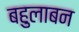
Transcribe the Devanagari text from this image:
बहुलाबन